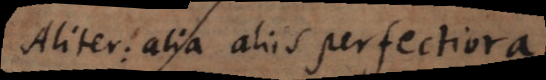
Aliter: alia aliis perfectiora